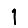
Digit: 1